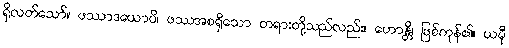
ရှိလတ်သော်။ ဖဿာဒယောပိ၊ ဖဿအစရှိသော တရားတို့သည်လည်း။ ဟောန္တိ၊ ဖြစ်ကုန်၏။ ယမှီ